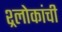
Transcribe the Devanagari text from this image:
श्र्लोकांची